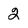
Character: 2